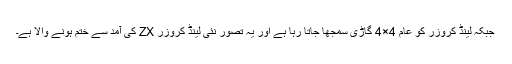
جبکہ لینڈ کروزر کو عام 4×4 گاڑی سمجھا جاتا رہا ہے اور یہ تصور نئی لینڈ کروزر ZX کی آمد سے ختم ہونے والا ہے۔